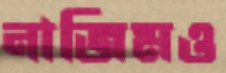
নাজিমও